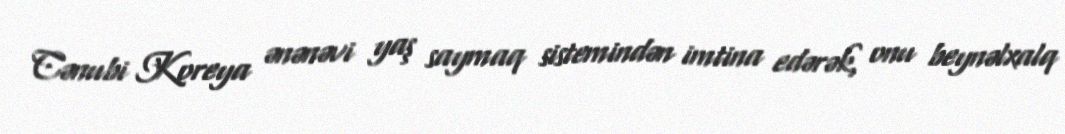
Cənubi Koreya ənənəvi yaş saymaq sistemindən imtina edərək, onu beynəlxalq